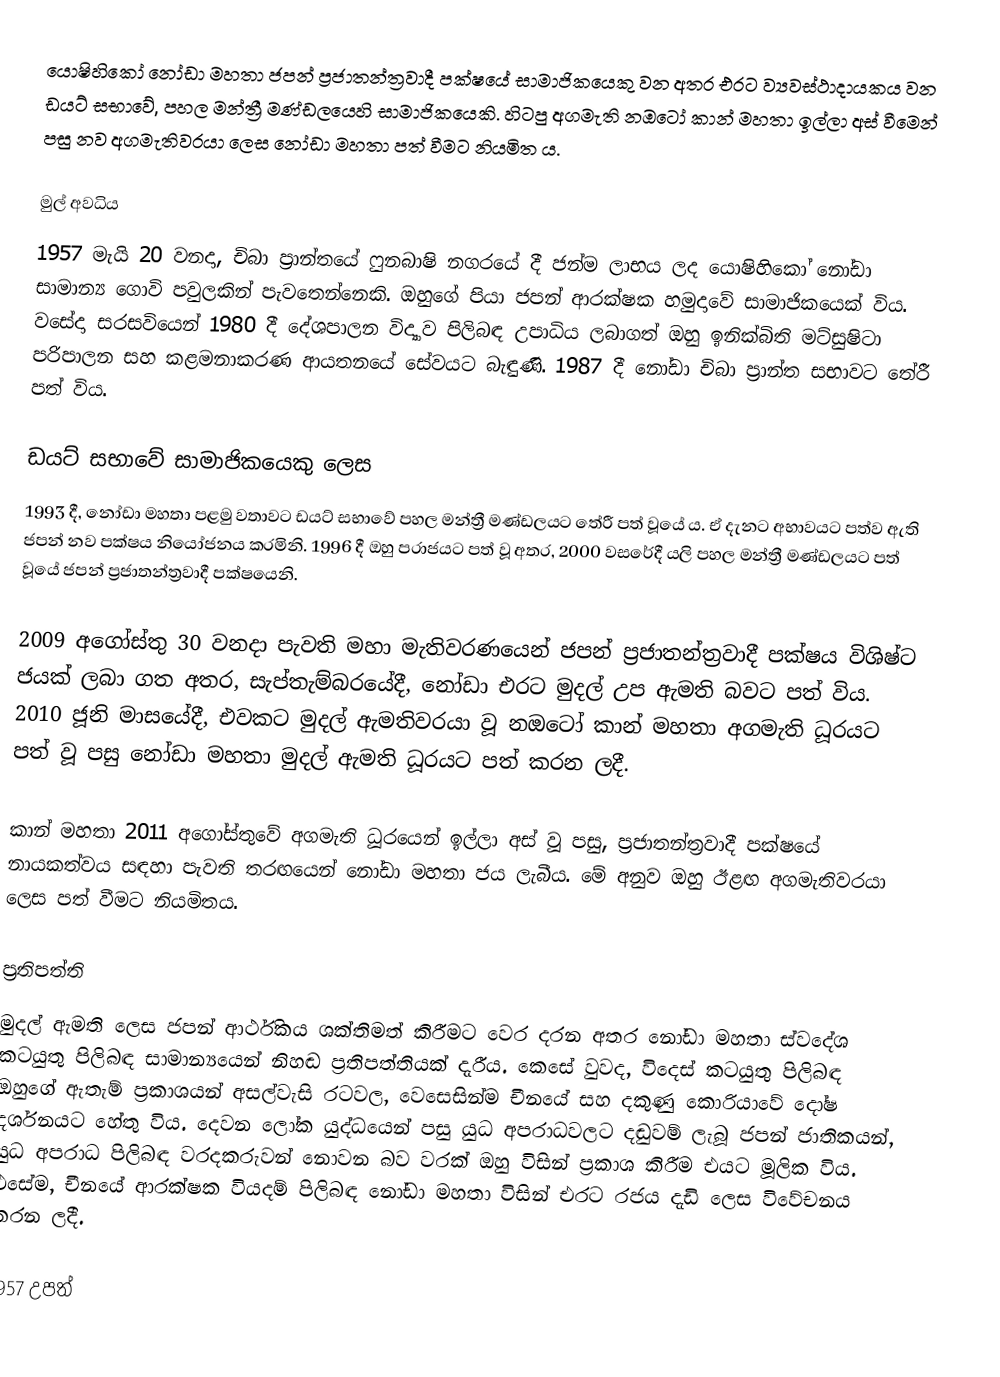
යොෂිහිකෝ නෝඩා මහතා ජපන් ප්‍රජාතන්ත්‍රවාදී පක්ෂයේ සාමාජිකයෙකු වන අතර එරට ව්‍යවස්ථාදායකය වන ඩයට් සභාවේ, පහල මන්ත්‍රී මණ්ඩලයෙහි සාමාජිකයෙකි. හිටපු අගමැති නඔටෝ කාන් මහතා ඉල්ලා අස් වීමෙන් පසු නව අගමැතිවරයා ලෙස නෝඩා මහතා පත් වීමට නියමිත ය.

මුල් අවධිය
1957 මැයි 20 වනදා, චිබා ප්‍රාන්තයේ ෆුනබාෂි නගරයේ දී ජන්ම ලාභය ලද යොෂිහිකෝ නෝඩා සාමාන්‍ය ගොවි පවුලකින් පැවතෙන්නෙකි. ඔහුගේ පියා ජපන් ආරක්ෂක හමුදාවේ සාමාජිකයෙක් විය. වසේදා සරසවියෙන් 1980 දී දේශපාලන විද්‍යාව පිලිබඳ උපාධිය ලබාගත් ඔහු ඉනික්බිති මට්සුෂිටා පරිපාලන සහ කළමනාකරණ ආයතනයේ සේවයට බැඳුණි. 1987 දී නෝඩා චිබා ප්‍රාන්ත සභාවට තේරී පත් විය.

ඩයට් සභාවේ සාමාජිකයෙකු ලෙස
1993 දී, නෝඩා මහතා පළමු වතාවට ඩයට් සභාවේ පහල මන්ත්‍රී මණ්ඩලයට තේරී පත් වූයේ ය. ඒ දැනට අභාවයට පත්ව ඇති ජපන් නව පක්ෂය නියෝජනය කරමිනි. 1996 දී ඔහු පරාජයට පත් වූ අතර, 2000 වසරේදී යලි පහල මන්ත්‍රී මණ්ඩලයට පත් වූයේ ජපන් ප්‍රජාතන්ත්‍රවාදී පක්ෂයෙනි.

2009 අගෝස්තු 30 වනදා පැවති මහා මැතිවරණයෙන් ජපන් ප්‍රජාතන්ත්‍රවාදී පක්ෂය විශිෂ්ට ජයක් ලබා ගත අතර, සැප්තැම්බරයේදී, නෝඩා එරට මුදල් උප ඇමති බවට පත් විය. 2010 ජූනි මාසයේදී, එවකට මුදල් ඇමතිවරයා වූ නඔටෝ කාන් මහතා අගමැති ධූරයට පත් වූ පසු නෝඩා මහතා මුදල් ඇමති ධූරයට පත් කරන ලදී.

කාන් මහතා 2011 අගෝස්තුවේ අගමැති ධූරයෙන් ඉල්ලා අස් වූ පසු, ප්‍රජාතන්ත්‍රවාදී පක්ෂයේ නායකත්වය සඳහා පැවති තරඟයෙන් නෝඩා මහතා ජය ලැබීය. මේ අනුව ඔහු ඊළඟ අගමැතිවරයා ලෙස පත් වීමට නියමිතය.

ප්‍රතිපත්ති
මුදල් ඇමති ලෙස ජපන් ආර්ථිකය ශක්තිමත් කිරීමට වෙර දරන අතර නෝඩා මහතා ස්වදේශ කටයුතු පිලිබඳ සාමාන්‍යයෙන් නිහඬ ප්‍රතිපත්තියක් දැරීය. කෙසේ වුවද, විදෙස් කටයුතු පිලිබඳ ඔහුගේ ඇතැම් ප්‍රකාශයන් අසල්වැසි රටවල, වෙසෙසින්ම චීනයේ සහ දකුණු කොරියාවේ දෝෂ දර්ශනයට හේතු විය. දෙවන ලෝක යුද්ධයෙන් පසු යුධ අපරාධවලට දඬුවම් ලැබූ ජපන් ජාතිකයන්, යුධ අපරාධ පිලිබඳ වරදකරුවන් නොවන බව වරක් ඔහු විසින් ප්‍රකාශ කිරීම එයට මූලික විය. එසේම, චීනයේ ආරක්ෂක වියදම් පිලිබඳ නෝඩා මහතා විසින් එරට රජය දැඩි ලෙස විවේචනය කරන ලදී.

1957 උපත්